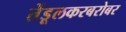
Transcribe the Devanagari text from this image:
तेंडूलकरबरोबर